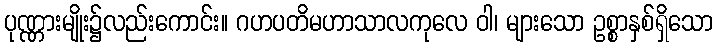
ပုဏ္ဏားမျိုး၌လည်းကောင်း။ ဂဟပတိမဟာသာလကုလေ ဝါ၊ များသော ဥစ္စာနှစ်ရှိသော